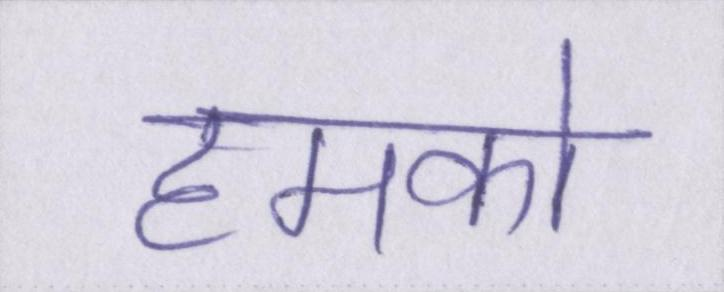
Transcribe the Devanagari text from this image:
हमको